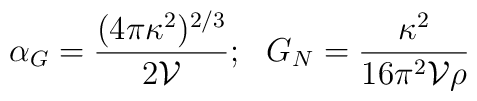
\alpha_G={{(4 \pi \kappa^2)^{2/3}}\over{2 \mathcal{V}}};\,\,\,\, G_N={\kappa^2\over{16 \pi^2\mathcal{V}\rho}}